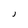
Character: j